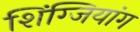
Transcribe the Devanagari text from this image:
शिंग्जियांग